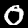
Digit: 0